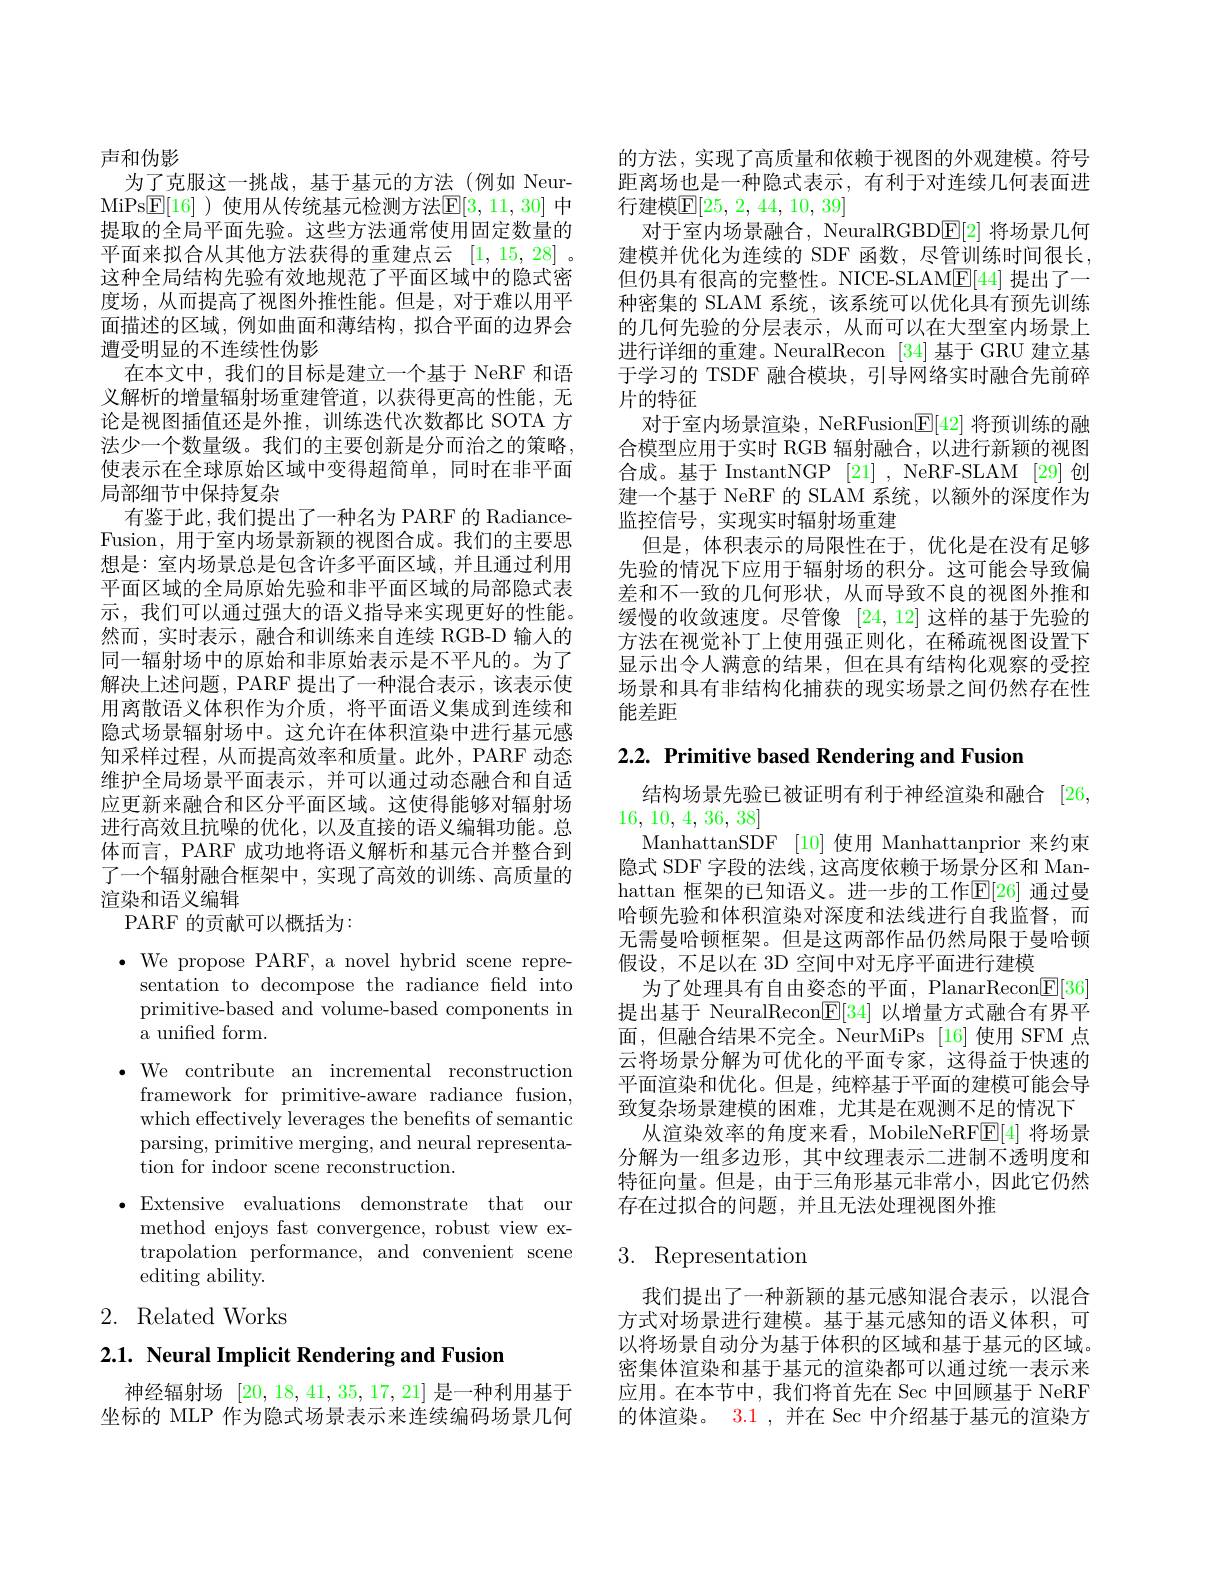
声和伪影
为了克服这一挑战，基于基元的方法(例如 NeurMiPs$\underline{\mathbb{E}}[16]$ )使用从传统基元检测方法$\underline{\mathbb{E}}[3,11,30]$ 中提取的全局平面先验。这些方法通常使用固定数量的平面来拟合从其他方法获得的重建点云[1,15,28] 。这种全局结构先验有效地规范了平面区域中的隐式密度场，从而提高了视图外推性能。但是，对于难以用平面描述的区域，例如曲面和薄结构，拟合平面的边界会遭受明显的不连续性伪影
在本文中，我们的目标是建立一个基于 NeRF 和语义解析的增量辐射场重建管道，以获得更高的性能，无论是视图插值还是外推，训练迭代次数都比 SOTA 方法少一个数量级。我们的主要创新是分而治之的策略， 使表示在全球原始区域中变得超简单，同时在非平面局部细节中保持复杂
有鉴于此，我们提出了一种名为 PARF 的 RadianceFusion, 用于室内场景新颖的视图合成。我们的主要思想是：室内场景总是包含许多平面区域，并且通过利用平面区域的全局原始先验和非平面区域的局部隐式表示，我们可以通过强大的语义指导来实现更好的性能。然而，实时表示，融合和训练来自连续 RGB-D 输人的同一辐射场中的原始和非原始表示是不平凡的。为了解决上述问题，PARF 提出了一种混合表示，该表示使用离散语义体积作为介质，将平面语义集成到连续和隐式场景辐射场中。这允许在体积渲染中进行基元感知采样过程，从而提高效率和质量。此外，PARF 动态维护全局场景平面表示，并可以通过动态融合和自适应更新来融合和区分平面区域。这使得能够对辐射场进行高效且抗噪的优化，以及直接的语义编辑功能。总体而言，PARF 成功地将语义解析和基元合并整合到了一个辐射融合框架中，实现了高效的训练、高质量的渲染和语义编辑
PARF 的贡献可以概括为：

$\bullet$ We propose PARF, a novel hybrid scene repre-

sentation to decompose the radiance field into

primitive-based and volume-based components in

a unified form.

$\bullet$ We contribute an incremental reconstruction

framework for primitive-aware radiance fusion,

which effectively leverages the benefits of semantic

parsing, primitive merging, and neural representa-

tion for indoor scene reconstruction.

$\bullet$ Extensive evaluations demonstrate that our

method enjoys fast convergence, robust view ex-

trapolation performance, and convenient scene

editing ability.

2. Related Works

2.1. Neural Implicit Rendering and Fusion

神经辐射场[20,18,41,35,17,21]是一种利用基于坐标的 MLP 作为隐式场景表示来连续编码场景几何

的方法，实现了高质量和依赖于视图的外观建模。符号距离场也是一种隐式表示，有利于对连续几何表面进行建模$\mathbb{E} [ 25$, 2, 44, 10, 39]
对于室内场景融合，NeuralRGBD$\underline{\mathrm{E}}[2]$将场景几何建模并优化为连续的 SDF 函数，尽管训练时间很长， 但仍具有很高的完整性。NICE-SLAM$\underline{\mathrm{F}}[44]$提出了一种密集的 SLAM 系统，该系统可以优化具有预先训练的几何先验的分层表示，从而可以在大型室内场景上进行详细的重建。NeuralRecon [34]基于 GRU 建立基于学习的 TSDF 融合模块，引导网络实时融合先前碎片的特征
对于室内场景渲染，NeRFusion$\mathbb{E}[42]$将预训练的融合模型应用于实时 RGB 辐射融合，以进行新颖的视图合成。基于 InstantNGP [21] , NeRF-SLAM [29]创建一个基于 NeRF 的 SLAM 系统，以额外的深度作为监控信号，实现实时辐射场重建
但是，体积表示的局限性在于，优化是在没有足够先验的情况下应用于辐射场的积分。这可能会导致偏差和不一致的几何形状，从而导致不良的视图外推和缓慢的收敛速度。尽管像 [24,12] 这样的基于先验的方法在视觉补丁上使用强正则化，在稀疏视图设置下显示出令人满意的结果，但在具有结构化观察的受控场景和具有非结构化捕获的现实场景之间仍然存在性能差距

$2. 2. \textbf{ Primitive based Rendering and Fusion}$

结构场景先验已被证明有利于神经渲染和融合 [26,
16, 10, 4, 36, 38]
ManhattanSDF [10] 使用 Manhattanprior 来约束隐式 SDF 字段的法线 ,这高度依赖于场景分区和 Manhattan 框架的已知语义。进一步的工作$\mathbb{E}[26]$ 通过曼哈顿先验和体积渲染对深度和法线进行自我监督，而无需曼哈顿框架。但是这两部作品仍然局限于曼哈顿假设，不足以在 3D 空间中对无序平面进行建模
为了处理具有自由姿态的平面，PlanarRecon$\boxed{\mathbb{E}}[36]$ 提出基于 NeuralRecon$\underline{\mathrm{E}}[34]$以增量方式融合有界平面，但融合结果不完全。NeurMiPs [16]使用 SFM 点云将场景分解为可优化的平面专家，这得益于快速的平面渲染和优化。但是，纯粹基于平面的建模可能会导致复杂场景建模的困难，尤其是在观测不足的情况下
从渲染效率的角度来看，MobileNeRF$\mathbb{E}[4]$将场景分解为一组多边形，其中纹理表示二进制不透明度和特征向量。但是，由于三角形基元非常小，因此它仍然存在过拟合的问题，并且无法处理视图外推

# 3. Representation

我们提出了一种新颖的基元感知混合表示，以混合方式对场景进行建模。基于基元感知的语义体积，可以将场景自动分为基于体积的区域和基于基元的区域。密集体渲染和基于基元的渲染都可以通过统一表示来应用。在本节中，我们将首先在 Sec 中回顾基于 NeRF 的体渲染。3.1 , 并在 Sec 中介绍基于基元的渲染方